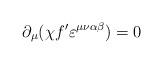
LaTeX: \begin{align*}\partial_{\mu}(\chi f^{\prime}\varepsilon^{\mu\nu\alpha\beta})=0 \end{align*}